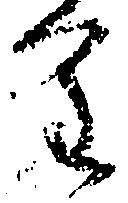
進